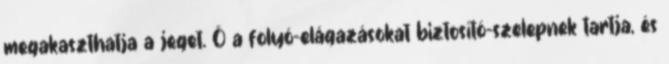
megakaszthatja a jeget. Õ a folyó-elágazásokat biztosító-szelepnek tartja, és